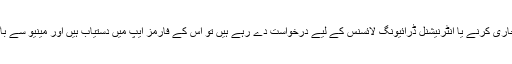
اگر آپ نئے، ڈپلی کیٹ، دوبارہ جاری کرنے یا انٹرنیشنل ڈرائیونگ لائسنس کے لیے درخواست دے رہے ہیں تو اس کے فارمز ایپ میں دستیاب ہیں اور مینیو سے باآسانی ڈاؤنلوڈ کیے جا سکتے ہیں۔